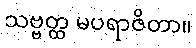
သဗ္ဗတ္ထ မပရာဇိတာ။